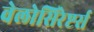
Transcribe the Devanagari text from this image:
वेलोसिरेप्टर्स